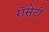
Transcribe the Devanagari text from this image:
रॉसेटी